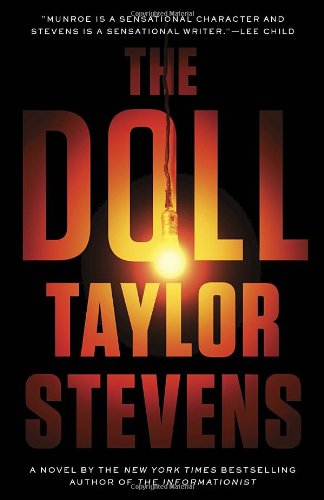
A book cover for The Doll: A Vanessa Michael Munroe Novel; Taylor Stevens; Literature & Fiction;